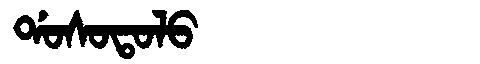
Manchu: ᡩᠣᠰᠣᡨᠣᠯᠣ
Romanization: DOSOTOLO